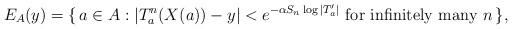
LaTeX: \begin{align*} E_A (y) = \{\, a \in A : |T_a^n (X(a)) - y| < e^{-\alpha S_n \log |T_a'|} \text{ for infinitely many } n \,\},\end{align*}